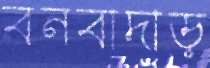
বনবাদাড়